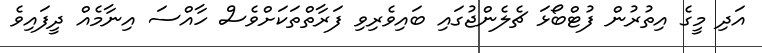
އަދި މީގެ އިތުރުން ފުޓްބޯޅަ ޗެލެންޖުގައި ބައިވެރިވި ފަރާތްތަކަށްވެސް ހާއްސަ އިނާމެއް ދީފައިވެ